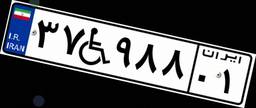
۵۱W۱۱۳۲۷